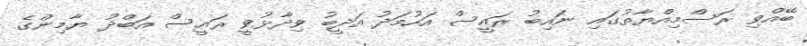
ބޭއްވި ރަސްމިއްޔާތުގައި ނައިބު ރައީސް އަހުމަދު އަދީބު ވިދާޅުވީ ރައީސް އަބްދު ޔާމިންގެ